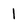
Character: 1